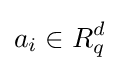
a_{i}\in R_{q}^{d}